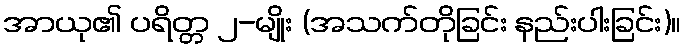
အာယု၏ ပရိတ္တ ၂-မျိုး (အသက်တိုခြင်း နည်းပါးခြင်း)။